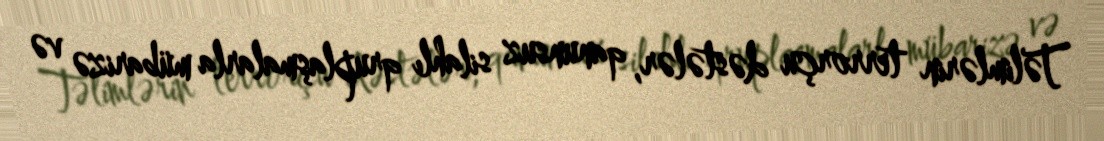
Təlimlərin terrorçu dəstələr, qanunsuz silahlı qruplaşmalarla mübarizə və